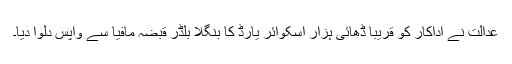
عدالت نے اداکار کو قریبا ڈھائی ہزار اسکوائر یارڈ کا بنگلا بلڈر قبضہ مافیا سے واپس دلوا دیا۔